Report on vaccination in the Province of Bengal - 1874-1889
Year: 1874
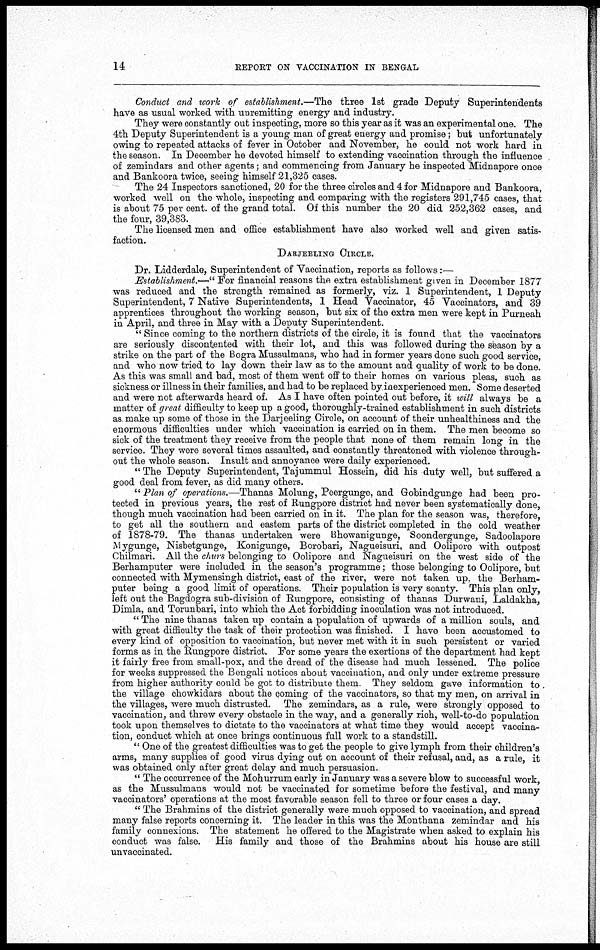
14
REPORT ON VACCINATION IN BENGAL
Conduct and work of establishment.—The three 1st grade Deputy Superintendents
have as usual worked with unremitting energy and industry.
They were constantly out inspecting, more so this year as it was an experimental one. The
4th Deputy Superintendent is a young man of great energy and promise; but unfortunately
owing to repeated attacks of fever in October and November, he could not work hard in
the season. In December he devoted himself to extending vaccination through the influence
of zemindars and other agents; and commencing from January he inspected Midnapore once
and Bankoora twice, seeing himself 21,325 cases.
The 24 Inspectors sanctioned, 20 for the three circles and 4 for Midnapore and Bankoora,
worked well on the whole, inspecting and comparing with the registers 291,745 cases, that
is about 75 per cent. of the grand total. Of this number the 20 did 252,362 cases, and
the four, 39,383.
The licensed men and office establishment have also worked well and given satis-
faction.
DARJEELING CIRCLE.
Dr. Lidderdale, Superintendent of Vaccination, reports as follows:—
Establishment.—" For financial reasons the extra establishment given in December 1877
was reduced and the strength remained as formerly, viz. 1 Superintendent, 1 Deputy
Superintendent, 7 Native Superintendents, 1 Head Vaccinator, 45 Vaccinators, and 39
apprentices throughout the working season, but six of the extra men were kept in Purneah
in April, and three in May with a Deputy Superintendent.
" Since coming to the northern districts of the circle, it is found that the vaccinators
are seriously discontented with their lot, and this was followed during the season by a
strike on the part of the Bogra Mussulmans, who had in former years done such good service,
and who now tried to lay down their law as to the amount and quality of work to be done.
As this was small and bad, most of them went off to their homes on various pleas, such as
sickness or illness in their families, and had to be replaced by inexperienced men. Some deserted
and were not afterwards heard of. As I have often pointed out before, it will always be a
matter of great difficulty to keep up a good, thoroughly-trained establishment in such districts
as make up some of those in the Darjeeling Circle, on account of their unhealthiness.and the
enormous difficulties under which vaccination is carried on in them. The men become so
sick of the treatment they receive from the people that none of them remain long in the
service. They were several times assaulted, and constantly threatened with violence through-
out the whole season. Insult and annoyance were daily experienced.
" The Deputy Superintendent, Tajummul Hossein, did his duty well, but suffered a
good deal from fever, as did many others.
" Plan of operations.—Thanas Molung, Peergunge, and Gobindgunge had been pro-
tected in previous years, the rest of Rungpore district had never been systematically done,
though much vaccination had been carried on in it. The plan for the season was, therefore,
to get all the southern and eastern parts of the district completed in the cold weather
of 1878-79. The thanas undertaken were Bhowamgunge, Soondergunge, Sadoolapore
Mygunge, Nisbetgunge, Konigunge, Borobari, Nagueisuri, and Oolipore with outpost
Chilmari. All the churs belonging to Oolipore and Nagueisuri on the west side of the
Berhamputer were included in the season's programme; those belonging to Oolipore, but
connected with Mymensingh district, east of the river, were not taken up, the Berham-
puter being a good limit of operations. Their population is very scanty. This plan only,
left out the Bagdogra sub-division of Rungpore, consisting of thanas Durwani, Laldakha,
Dimla, and Torunbari, into which the Act forbidding inoculation was not introduced.
" The nine thanas taken up contain a population of upwards of a million souls, and
with great difficulty the task of their protection was finished. I have been accustomed to
every kind of opposition to vaccination, but never met with it in such persistent or varied
forms as in the Rungpore district. For some years the exertions of the department had kept
it fairly free from small-pox, and the dread of the disease had much lessened. The police
for weeks suppressed the Bengali notices about vaccination, and only under extreme pressure
from higher authority could be got to distribute them. They seldom gave information to
the village chowkidars about the coming of the vaccinators, so that my men, on arrival in
the villages, were much distrusted. The zemindars, as a rule, were strongly opposed to
vaccination, and threw every obstacle in the way, and a generally rich, well-to-do population
took upon themselves to dictate to the vaccinators at what time they would accept vaccina-
tion, conduct which at once brings continuous full work to a standstill.
" One of the greatest difficulties was to get the people to give lymph from their children's
arms, many supplies of good virus dying out on account of their refusal, and, as a rule, it
was obtained only after great delay and much persuasion.
" The occurrence of the Mohurrum early in January was a severe blow to successful work,
as the Mussulmans would not be vaccinated for sometime before the festival, and many
vaccinators' operations at the most favorable season fell to three or four cases a day.
" The Brahmins of the district generally were much opposed to vaccination, and spread
many false reports concerning it. The leader in this was the Monthana zemindar and his
family connexions. The statement he offered to the Magistrate when asked to explain his
conduct was false. His family and those of the Brahmins about his house are still
unvaccinated.